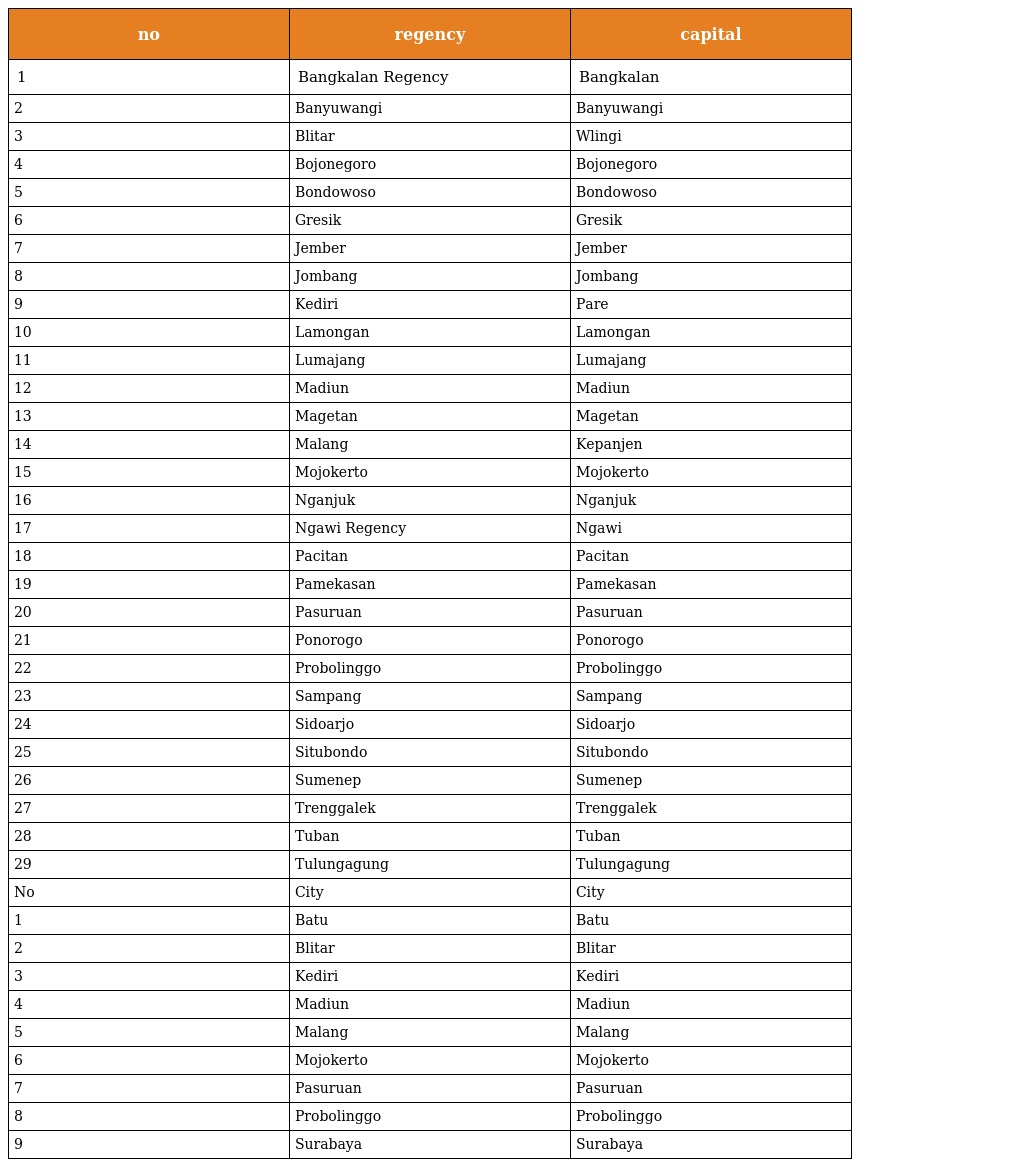
| no | regency | capital |
 | --- | --- | --- |
 | 1 | Bangkalan Regency | Bangkalan |
 | 2 | Banyuwangi | Banyuwangi |
 | 3 | Blitar | Wlingi |
 | 4 | Bojonegoro | Bojonegoro |
 | 5 | Bondowoso | Bondowoso |
 | 6 | Gresik | Gresik |
 | 7 | Jember | Jember |
 | 8 | Jombang | Jombang |
 | 9 | Kediri | Pare |
 | 10 | Lamongan | Lamongan |
 | 11 | Lumajang | Lumajang |
 | 12 | Madiun | Madiun |
 | 13 | Magetan | Magetan |
 | 14 | Malang | Kepanjen |
 | 15 | Mojokerto | Mojokerto |
 | 16 | Nganjuk | Nganjuk |
 | 17 | Ngawi Regency | Ngawi |
 | 18 | Pacitan | Pacitan |
 | 19 | Pamekasan | Pamekasan |
 | 20 | Pasuruan | Pasuruan |
 | 21 | Ponorogo | Ponorogo |
 | 22 | Probolinggo | Probolinggo |
 | 23 | Sampang | Sampang |
 | 24 | Sidoarjo | Sidoarjo |
 | 25 | Situbondo | Situbondo |
 | 26 | Sumenep | Sumenep |
 | 27 | Trenggalek | Trenggalek |
 | 28 | Tuban | Tuban |
 | 29 | Tulungagung | Tulungagung |
 | No | City | City |
 | 1 | Batu | Batu |
 | 2 | Blitar | Blitar |
 | 3 | Kediri | Kediri |
 | 4 | Madiun | Madiun |
 | 5 | Malang | Malang |
 | 6 | Mojokerto | Mojokerto |
 | 7 | Pasuruan | Pasuruan |
 | 8 | Probolinggo | Probolinggo |
 | 9 | Surabaya | Surabaya |